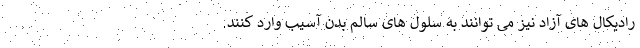
رادیکال های آزاد نیز می توانند به سلول های سالم بدن آسیب وارد کنند.